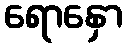
ရောနှော